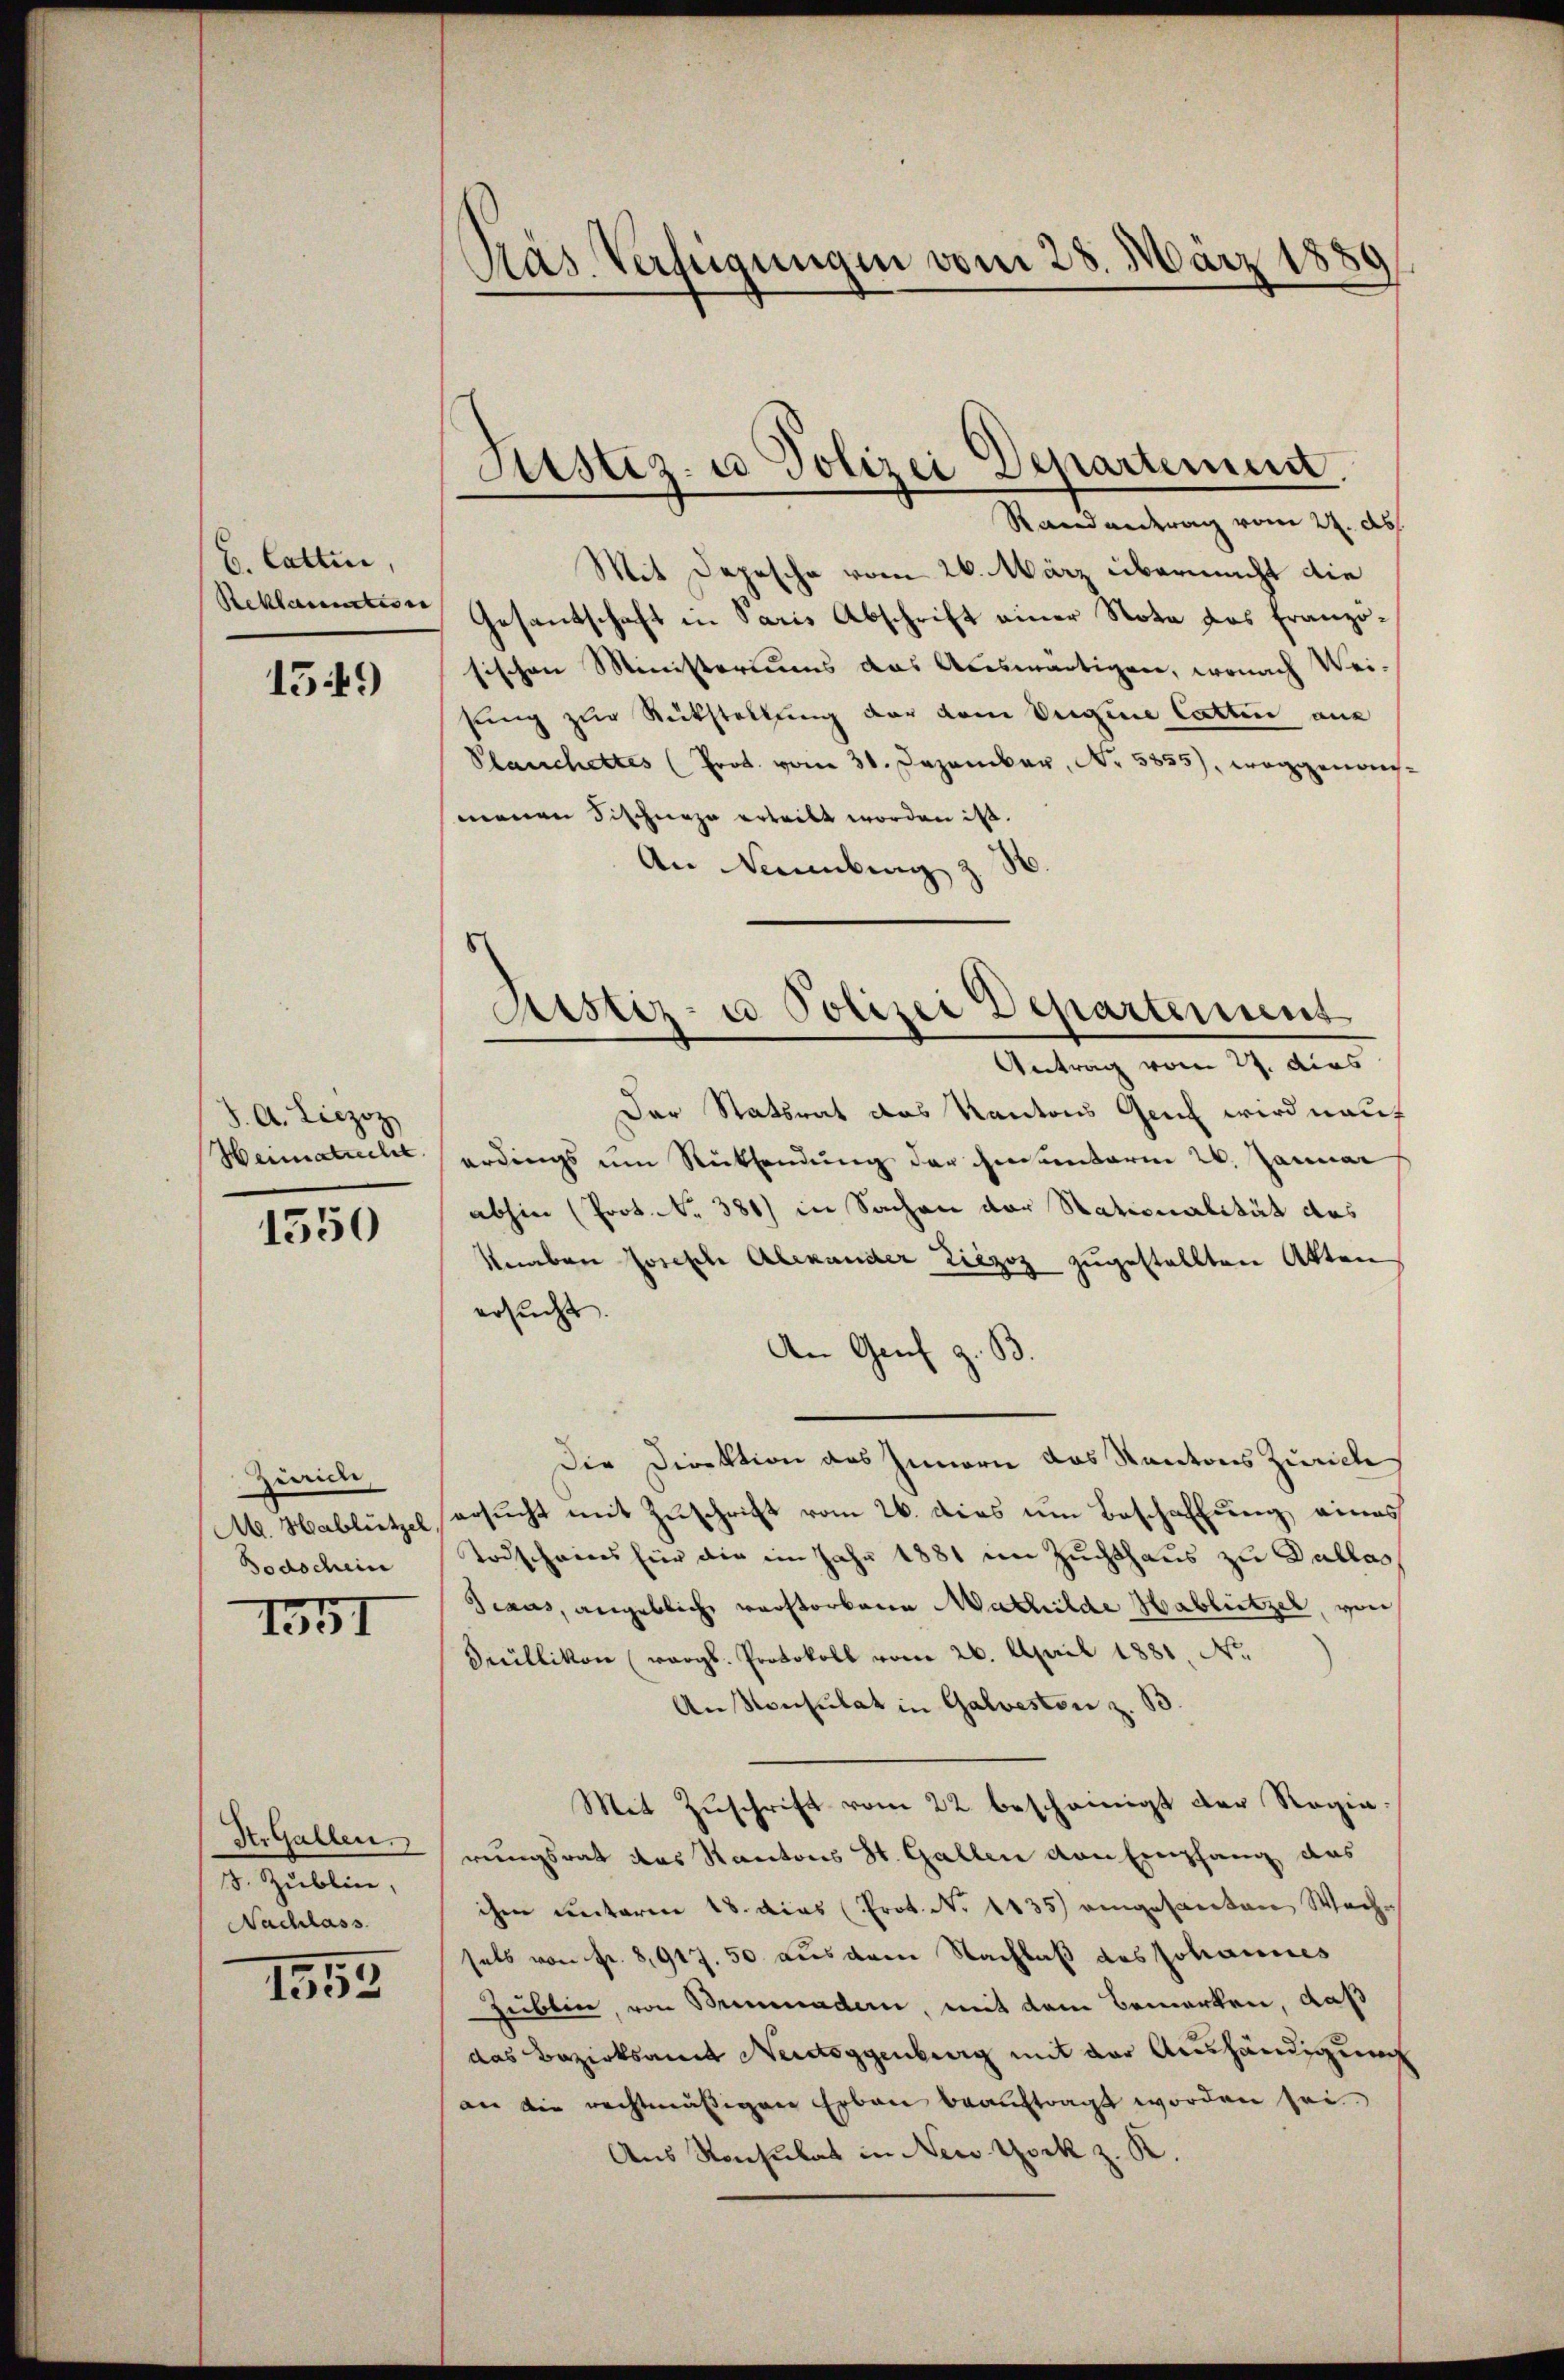
b. Cattin,
Reklamatin

1549

J. A. Liezoz
Weimatuche

1550

Zürich
Todschein

1551

ArGallen.
3. Zublin,
Nachlass

1553

Pras Verfügungen vom 28. März 1889

Justiz- u Polizei Departement
Rand antrag vom 22. ds.

Mit Depesche vom 26. März übermacht die
Gesantschaft in Paris Abschrift einer Nota das Französischen Ministeriums das Aceswärtigen, wonach Weisung zur Rückstellung der dem Vergene Catten aus
Plauchettes (Prot. vom 31. Dezember, Nr. 5855), weggenosmanen Fischnazu erteilt worden ist.
An Neuenburg z
Der Statsrat das Kantons Genf wird naut
erdings um Rücksendung der Inventarin 26. Januar
abhin (Prot. Nr. 381) in Sachen der Nationalität das
Saaben Joseph Alexander Liezoz zugestellten Akten
ersucht.
An Genf z. B.
Die Direktion des Innern das Kantons Zürich
M. Hablütze ersucht mit Zuschrift vom 26. dies um Beschaffung eines
Todscheines für die im Jahr 1881 im Zuchthaus zu Pallas
Traus, angeblich verstorbene Mathilde Hablützel, von
Süllikon (vergl. Protokoll vom 26. April 1881 N.
An Konsulat in Galveston z. B
Mit Zŭschrift vom 22. bescheinigt der Regia
rungsrat das Kantons St. Gallen von Empfang das
ihme unterm 18. dies Prot. N. 1135) eingesanten Wechsals von Fr. 8917. 50 aus dem Nachlaß des Johannes
Zublin, von Benader, mit dem Bemerken, daß
das Bezirksamt Neidtoggenberg mit der Aushändigung
an die rechtmässigen Erben beauftragt worden sei.
Aus Konsulat in New York z. K.

Aistiz- u Polizei Departement
Antrag vom 27. dies